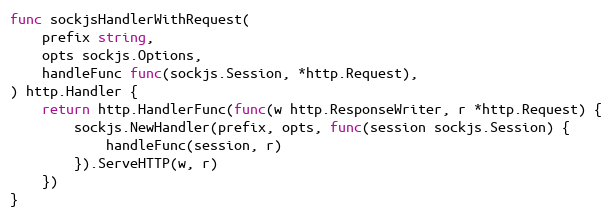
Language: Go
func sockjsHandlerWithRequest(
	prefix string,
	opts sockjs.Options,
	handleFunc func(sockjs.Session, *http.Request),
) http.Handler {
	return http.HandlerFunc(func(w http.ResponseWriter, r *http.Request) {
		sockjs.NewHandler(prefix, opts, func(session sockjs.Session) {
			handleFunc(session, r)
		}).ServeHTTP(w, r)
	})
}